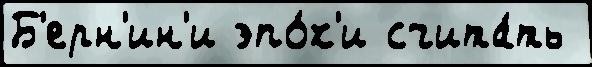
Б'ерн'ин'и эпо́х'и счита́ть